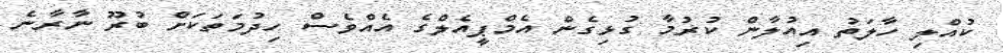
ކުއްލި ހާލަތު އިއުލާން ކުރުމާ ގުޅިގެން އެމްޕީއެލްގެ އެއްވެސް ހިދުމަތަކަށް ބުރޫ ނާރާނެ